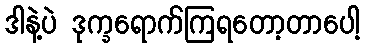
ဒါနဲ့ပဲ ဒုက္ခရောက်ကြရတော့တာပေါ့